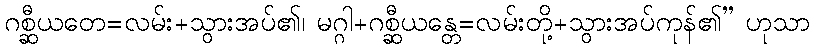
ဂစ္ဆီယတေ=လမ်း+သွားအပ်၏၊ မဂ္ဂါ+ဂစ္ဆီယန္တေ=လမ်းတို့+သွားအပ်ကုန်၏” ဟုသာ